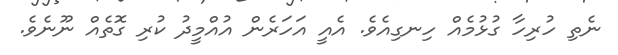
ނެތި ހުރިހާ ގުޅުމެއް ހިނގިއެެވެ. އެއީ އަަހަރެން އުއްމީދު ކުރި ގޮތެއް ނޫނެވެ.